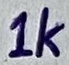
Text: 1k